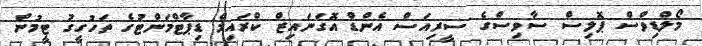
މޯލްޑިވްސް ޕޮލިސް ސާވިސްގެ ސީރިއަސް އެންޑް އޮގަނައިޒް ކްރައިމް ޑިޕާޓްމަންޓުގެ ތަހުގީގު ޓީމުން